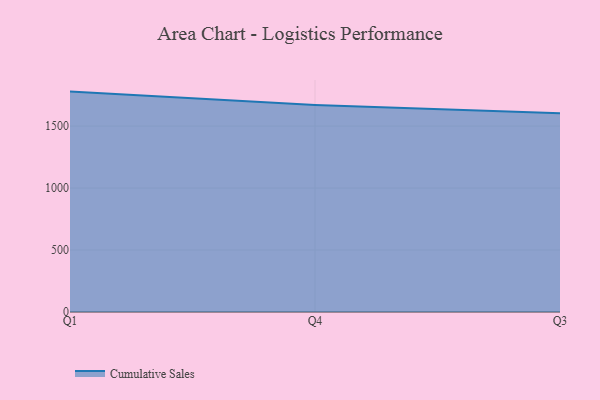
{"axis": {"x": "Quarter", "y": "Budget (USD K)"}, "legend": ["Cumulative Sales"], "data": [{"x": "Q1", "y": 1778.2, "type": "Cumulative Sales"}, {"x": "Q4", "y": 1670.5, "type": "Cumulative Sales"}, {"x": "Q3", "y": 1603.7, "type": "Cumulative Sales"}]}